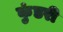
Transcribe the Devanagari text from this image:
कुंडरी